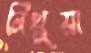
নিথুয়া